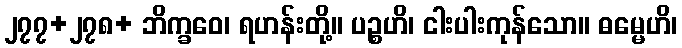
၂၇၇+၂၇၈+ ဘိက္ခဝေ၊ ရဟန်းတို့။ ပဉ္စဟိ၊ ငါးပါးကုန်သော။ ဓမ္မေဟိ၊